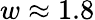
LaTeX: w\approx 1.8